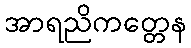
အာရညိကတ္တေန